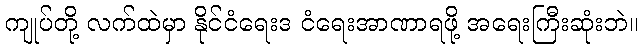
ကျုပ်တို့ လက်ထဲမှာ နိုင်ငံရေးဒ ငံရေးအာဏာရဖို့ အရေးကြီးဆုံးဘဲ။